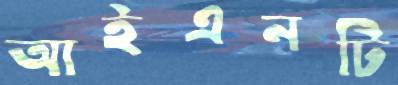
আইএনটি